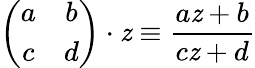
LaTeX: \left(\begin{array}{cc}{{a}}&{{b}}\\ {{c}}&{{d}}\end{array}\right)\cdot\mathit{z}\equiv\frac{{a\mathit{z}+b}}{{c\mathit{z}+d}}